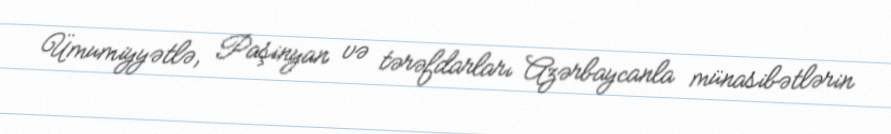
Ümumiyyətlə, Paşinyan və tərəfdarları Azərbaycanla münasibətlərin